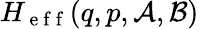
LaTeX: H_{\mathrm{~e~f~f~}}(q,p,\mathcal{A},\mathcal{B})